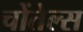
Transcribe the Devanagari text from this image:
चोंतेल्स